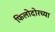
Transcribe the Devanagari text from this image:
फिलोदोरच्या